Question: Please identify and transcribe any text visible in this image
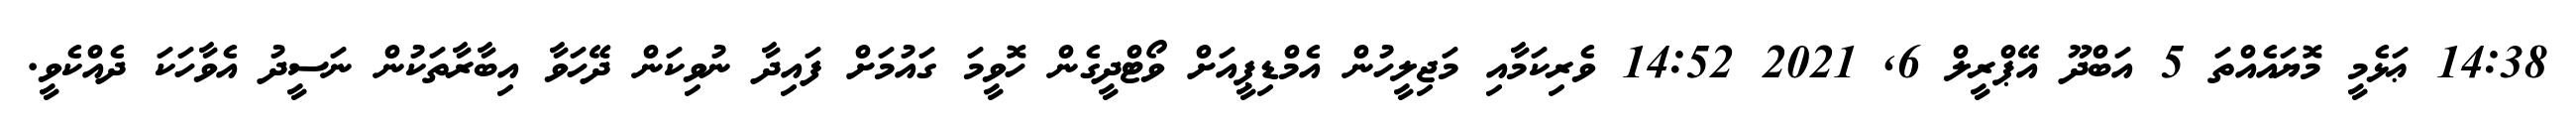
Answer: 14:38 ޢަޅެމީ މޮޔައެއްތަ 5 އަބްދޫ އޭޕްރީލް 6, 2021 14:52 ވެރިކަމާއި މަޖިލީހުން އެމްޑިޕީއަށް ވޯޓްދީގެން ހޮވީމަ ގައުމަށް ފައިދާ ނުވިކަން ދޭހަވާ އިބާރާތަކުން ނަސީދު އެވާހަކަ ދެއްކެވީ.